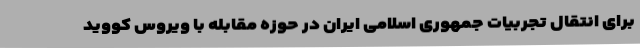
برای انتقال تجربیات جمهوری اسلامی ایران در حوزه مقابله با ویروس کووید